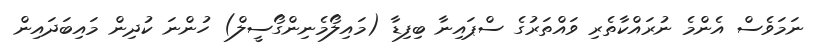
ނަމަވެސް އެންމެ ނުރައްކާތެރި ވައްތަރުގެ ސްޕައިނާ ބިފިޑާ (މައިލޯމެނިންގޯސީލް) ހުންނަ ކުދިން މައިބަދައިން